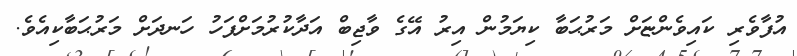
އުފާވެރި ކައިވެންޏަށް މަރުޙަބާ ކިޔަމުން އިރު އޭގެ ވާޖިބް އަދާކުރުމަށްފަހު ހަނދަށް މަރުޙަބާކިއެވެ.